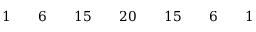
\begin{array} { c c c c c c c c c c c c c c c c c } { { } } & { { } } & { { 1 } } & { { } } & { { 6 } } & { { } } & { { 1 5 } } & { { } } & { { 2 0 } } & { { } } & { { 1 5 } } & { { } } & { { 6 } } & { { } } & { { 1 } } & { { } } & { { } } \end{array}